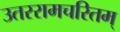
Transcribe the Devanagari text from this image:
उतररामचरितम्‌